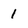
Character: 1